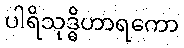
ပါရိသုဒ္ဓိဟာရကော